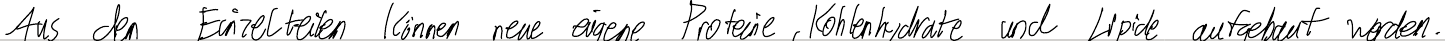
Aus den Einzelteilen können neue eigene Proteine, Kohlenhydrate und Lipide aufgebaut werden.